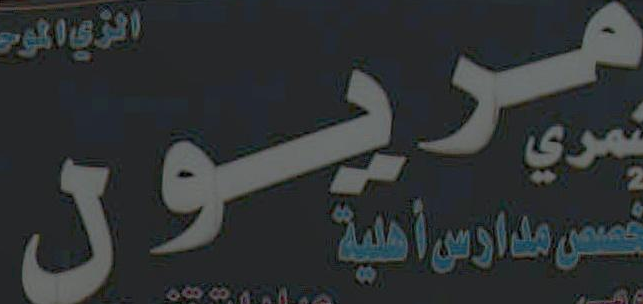
مريول